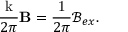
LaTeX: \frac { \mathrm { k } } { 2 \pi } \mathbf { B } = \frac { \mathrm { 1 } } { 2 \pi } \mathcal { B } _ { e x } .